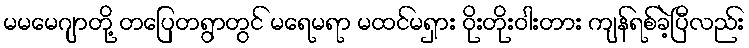
မမမေဂျာတို့ တပြေတရွာတွင် မရေမရာ မထင်မရှား ဝိုးတိုးဝါးတား ကျန်ရစ်ခဲ့ပြီလည်း